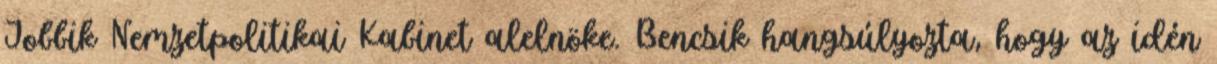
Jobbik Nemzetpolitikai Kabinet alelnöke. Bencsik hangsúlyozta, hogy az idén